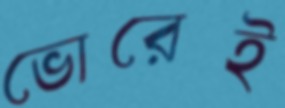
ভোরেই